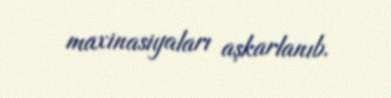
maxinasiyaları aşkarlanıb.